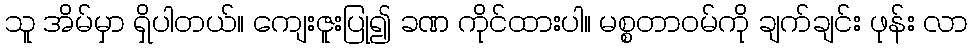
သူ အိမ်မှာ ရှိပါတယ်။ ကျေးဇူးပြု၍ ခဏ ကိုင်ထားပါ။ မစ္စတာဝမ်ကို ချက်ချင်း ဖုန်း လာ